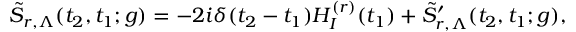
\tilde { S } _ { r , \Lambda } ( t _ { 2 } , t _ { 1 } ; g ) = - 2 i \delta ( t _ { 2 } - t _ { 1 } ) H _ { I } ^ { ( r ) } ( t _ { 1 } ) + \tilde { S } _ { r , \Lambda } ^ { \prime } ( t _ { 2 } , t _ { 1 } ; g ) ,